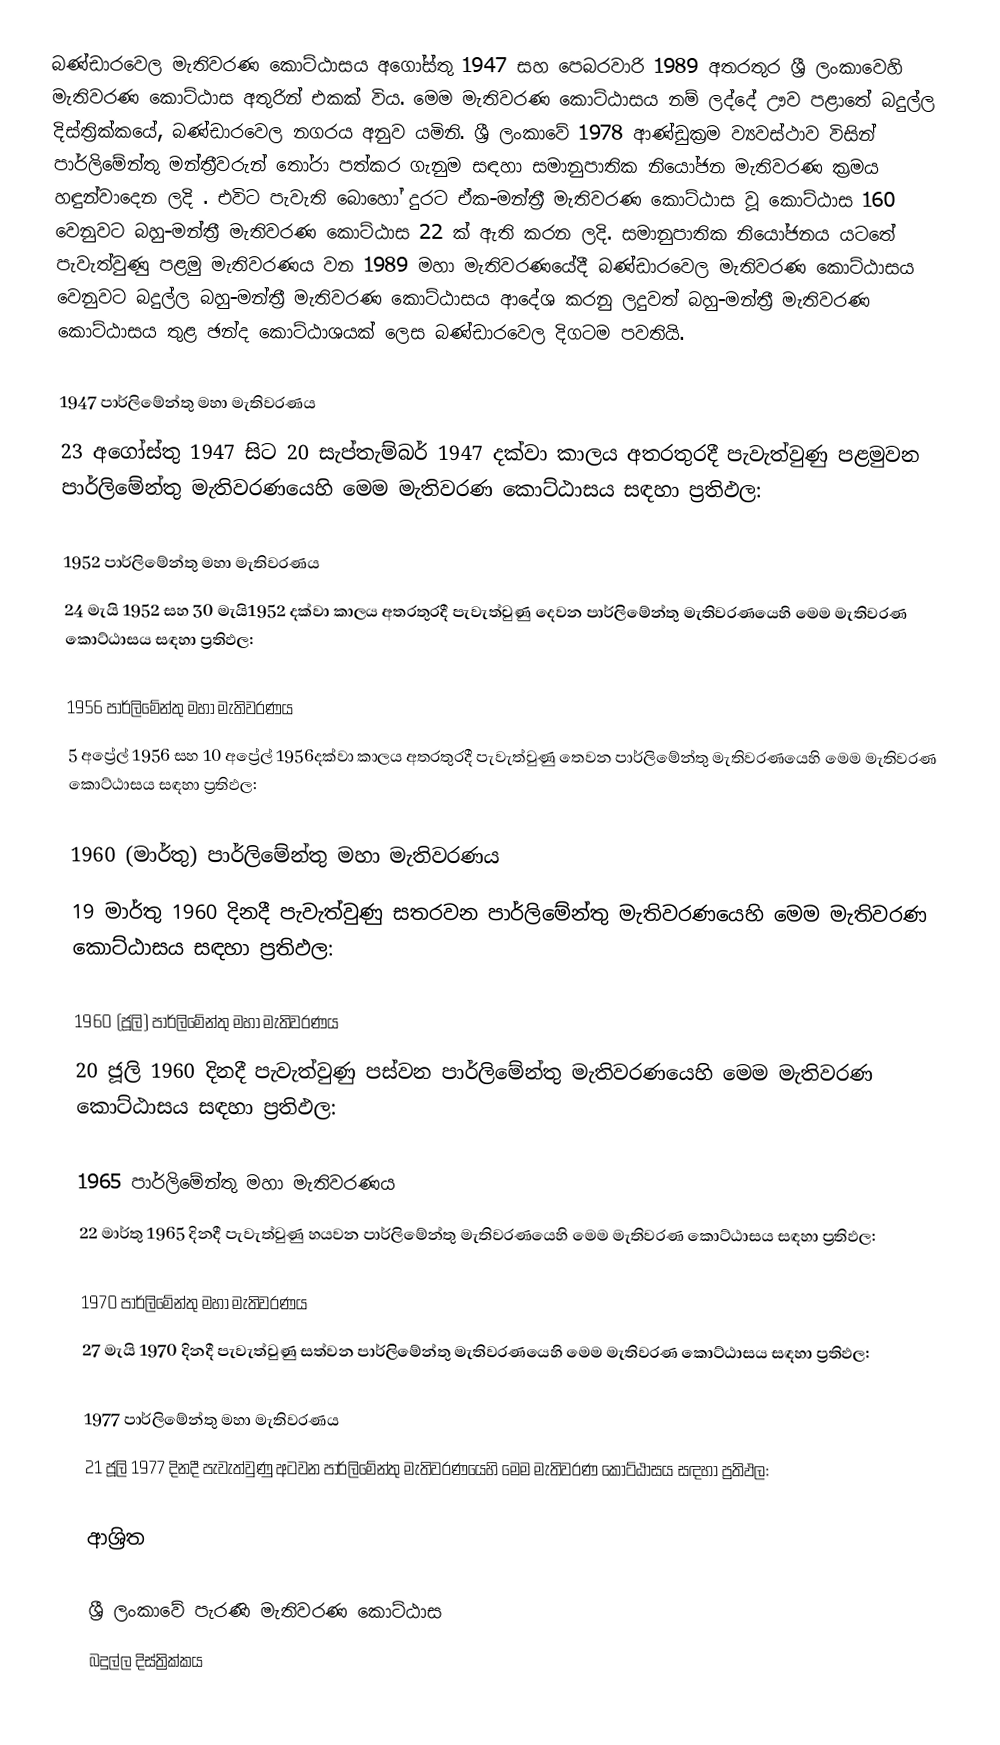
බණ්ඩාරවෙල මැතිවරණ කොට්ඨාසය  අගෝස්තු 1947 සහ පෙබරවාරි 1989 අතරතුර  ශ්‍රී ලංකාවෙහි  මැතිවරණ කොට්ඨාස අතුරින් එකක් විය. මෙම මැතිවරණ කොට්ඨාසය නම් ලද්දේ  ඌව පළාතේ  බදුල්ල  දිස්ත්‍රික්කයේ,  බණ්ඩාරවෙල නගරය අනුව යමිනි. ශ්‍රී ලංකාවේ 1978 ආණ්ඩුක්‍රම ව්‍යවස්ථාව විසින්   පාර්ලිමේන්තු මන්ත්‍රීවරුන් තෝරා පත්කර ගැනුම සඳහා සමානුපාතික නියෝජන මැතිවරණ ක්‍රමය හඳුන්වාදෙන ලදි . එවිට පැවැති බොහෝ දුරට  ඒක-මන්ත්‍රී මැතිවරණ කොට්ඨාස වූ කොට්ඨාස 160 වෙනුවට බහු-මන්ත්‍රී මැතිවරණ කොට්ඨාස 22 ක් ඇති කරන ලදි. සමානුපාතික නියෝජනය යටතේ පැවැත්වුණු පළමු මැතිවරණය වන 1989 මහා මැතිවරණයේදී  බණ්ඩාරවෙල මැතිවරණ කොට්ඨාසය වෙනුවට  බදුල්ල බහු-මන්ත්‍රී මැතිවරණ කොට්ඨාසය  ආදේශ කරනු ලදුවත් බහු-මන්ත්‍රී මැතිවරණ කොට්ඨාසය තුළ ඡන්ද කොට්ඨාශයක් ලෙස බණ්ඩාරවෙල දිගටම පවතියි.

1947 පාර්ලිමේන්තු මහා මැතිවරණය
23 අගෝස්තු 1947 සිට 20 සැප්තැම්බර් 1947 දක්වා කාලය අතරතුරදී පැවැත්වුණු  පළමුවන පාර්ලිමේන්තු මැතිවරණයෙහි මෙම මැතිවරණ කොට්ඨාසය සඳහා ප්‍රතිඵල:

1952 පාර්ලිමේන්තු මහා මැතිවරණය
24 මැයි 1952 සහ 30 මැයි1952 දක්වා කාලය අතරතුරදී පැවැත්වුණු  දෙවන පාර්ලිමේන්තු මැතිවරණයෙහි මෙම මැතිවරණ කොට්ඨාසය සඳහා ප්‍රතිඵල:

1956 පාර්ලිමේන්තු මහා මැතිවරණය
5 අප්‍රේල් 1956 සහ 10 අප්‍රේල් 1956දක්වා කාලය අතරතුරදී පැවැත්වුණු  තෙවන පාර්ලිමේන්තු මැතිවරණයෙහි මෙම මැතිවරණ කොට්ඨාසය සඳහා ප්‍රතිඵල:

1960 (මාර්තු) පාර්ලිමේන්තු මහා මැතිවරණය
19 මාර්තු 1960 දිනදී පැවැත්වුණු  සතරවන පාර්ලිමේන්තු මැතිවරණයෙහි මෙම මැතිවරණ කොට්ඨාසය සඳහා ප්‍රතිඵල:

1960 (ජූලි) පාර්ලිමේන්තු මහා මැතිවරණය
20 ජූලි 1960 දිනදී පැවැත්වුණු  පස්වන පාර්ලිමේන්තු මැතිවරණයෙහි මෙම මැතිවරණ කොට්ඨාසය සඳහා ප්‍රතිඵල:

1965 පාර්ලිමේන්තු මහා මැතිවරණය
22 මාර්තු 1965  දිනදී පැවැත්වුණු  හයවන පාර්ලිමේන්තු මැතිවරණයෙහි මෙම මැතිවරණ කොට්ඨාසය සඳහා ප්‍රතිඵල:

1970 පාර්ලිමේන්තු මහා මැතිවරණය
27 මැයි 1970 දිනදී පැවැත්වුණු  සත්වන පාර්ලිමේන්තු මැතිවරණයෙහි මෙම මැතිවරණ කොට්ඨාසය සඳහා ප්‍රතිඵල:

1977 පාර්ලිමේන්තු මහා මැතිවරණය
21 ජූලි 1977 දිනදී පැවැත්වුණු  අටවන පාර්ලිමේන්තු මැතිවරණයෙහි මෙම මැතිවරණ කොට්ඨාසය සඳහා ප්‍රතිඵල:

ආශ්‍රිත

ශ්‍රී ලංකාවේ පැරණි මැතිවරණ කොට්ඨාස
 බදුල්ල දිස්ත්‍රික්කය